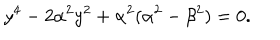
y ^ { 4 } - 2 \alpha ^ { 2 } y ^ { 2 } + \alpha ^ { 2 } ( \alpha ^ { 2 } - \beta ^ { 2 } ) = 0 .